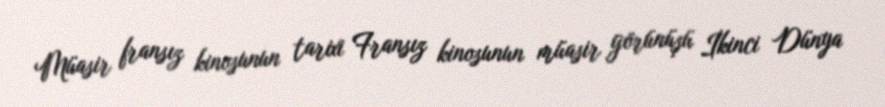
Müasir fransız kinosunun tarixi Fransız kinosunun müasir görünüşü İkinci Dünya